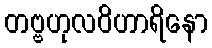
တဗ္ဗဟုလဝိဟာရိနော